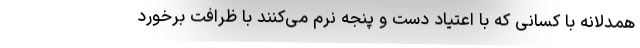
همدلانه با کسانی که با اعتیاد دست و پنجه نرم می‌کنند با ظرافت برخورد